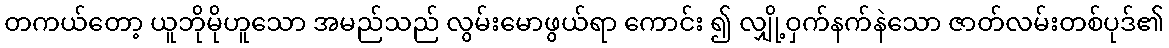
တကယ်တော့ ယူဘိုမိုဟူသော အမည်သည် လွမ်းမောဖွယ်ရာ ကောင်း ၍ လျှို့ဝှက်နက်နဲသော ဇာတ်လမ်းတစ်ပုဒ်၏